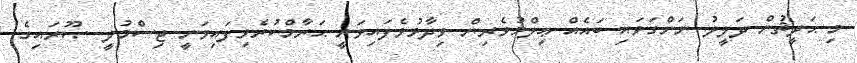
މި ޙަދީޘުން ދަލީލު ނަންގަވައި ބައެއް ޢިލްމުވެރިން ވިދާޅުވެފައިވަނީ ޙަރާމްކުރެވިފައިވަނީ ޖިސްމުލީ ޞޫރައިގެ